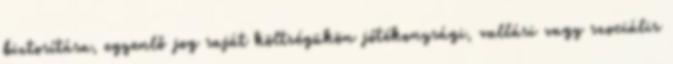
biztosítása, egyenlő jog saját költségükön jótékonysági, vallási vagy szociális